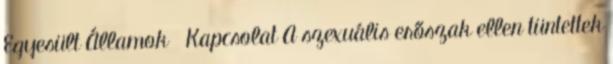
Egyesült Államok Kapcsolat A szexuális erőszak ellen tüntettek